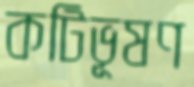
কটিভূষণ